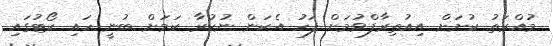
މުއްރަތު ކުށަށް އިއުތިރާފްވުމަށް ފަހު އެކަން ނުކުރާ ކަމަށް ބުނީ ހައި ކޯޓުގައި